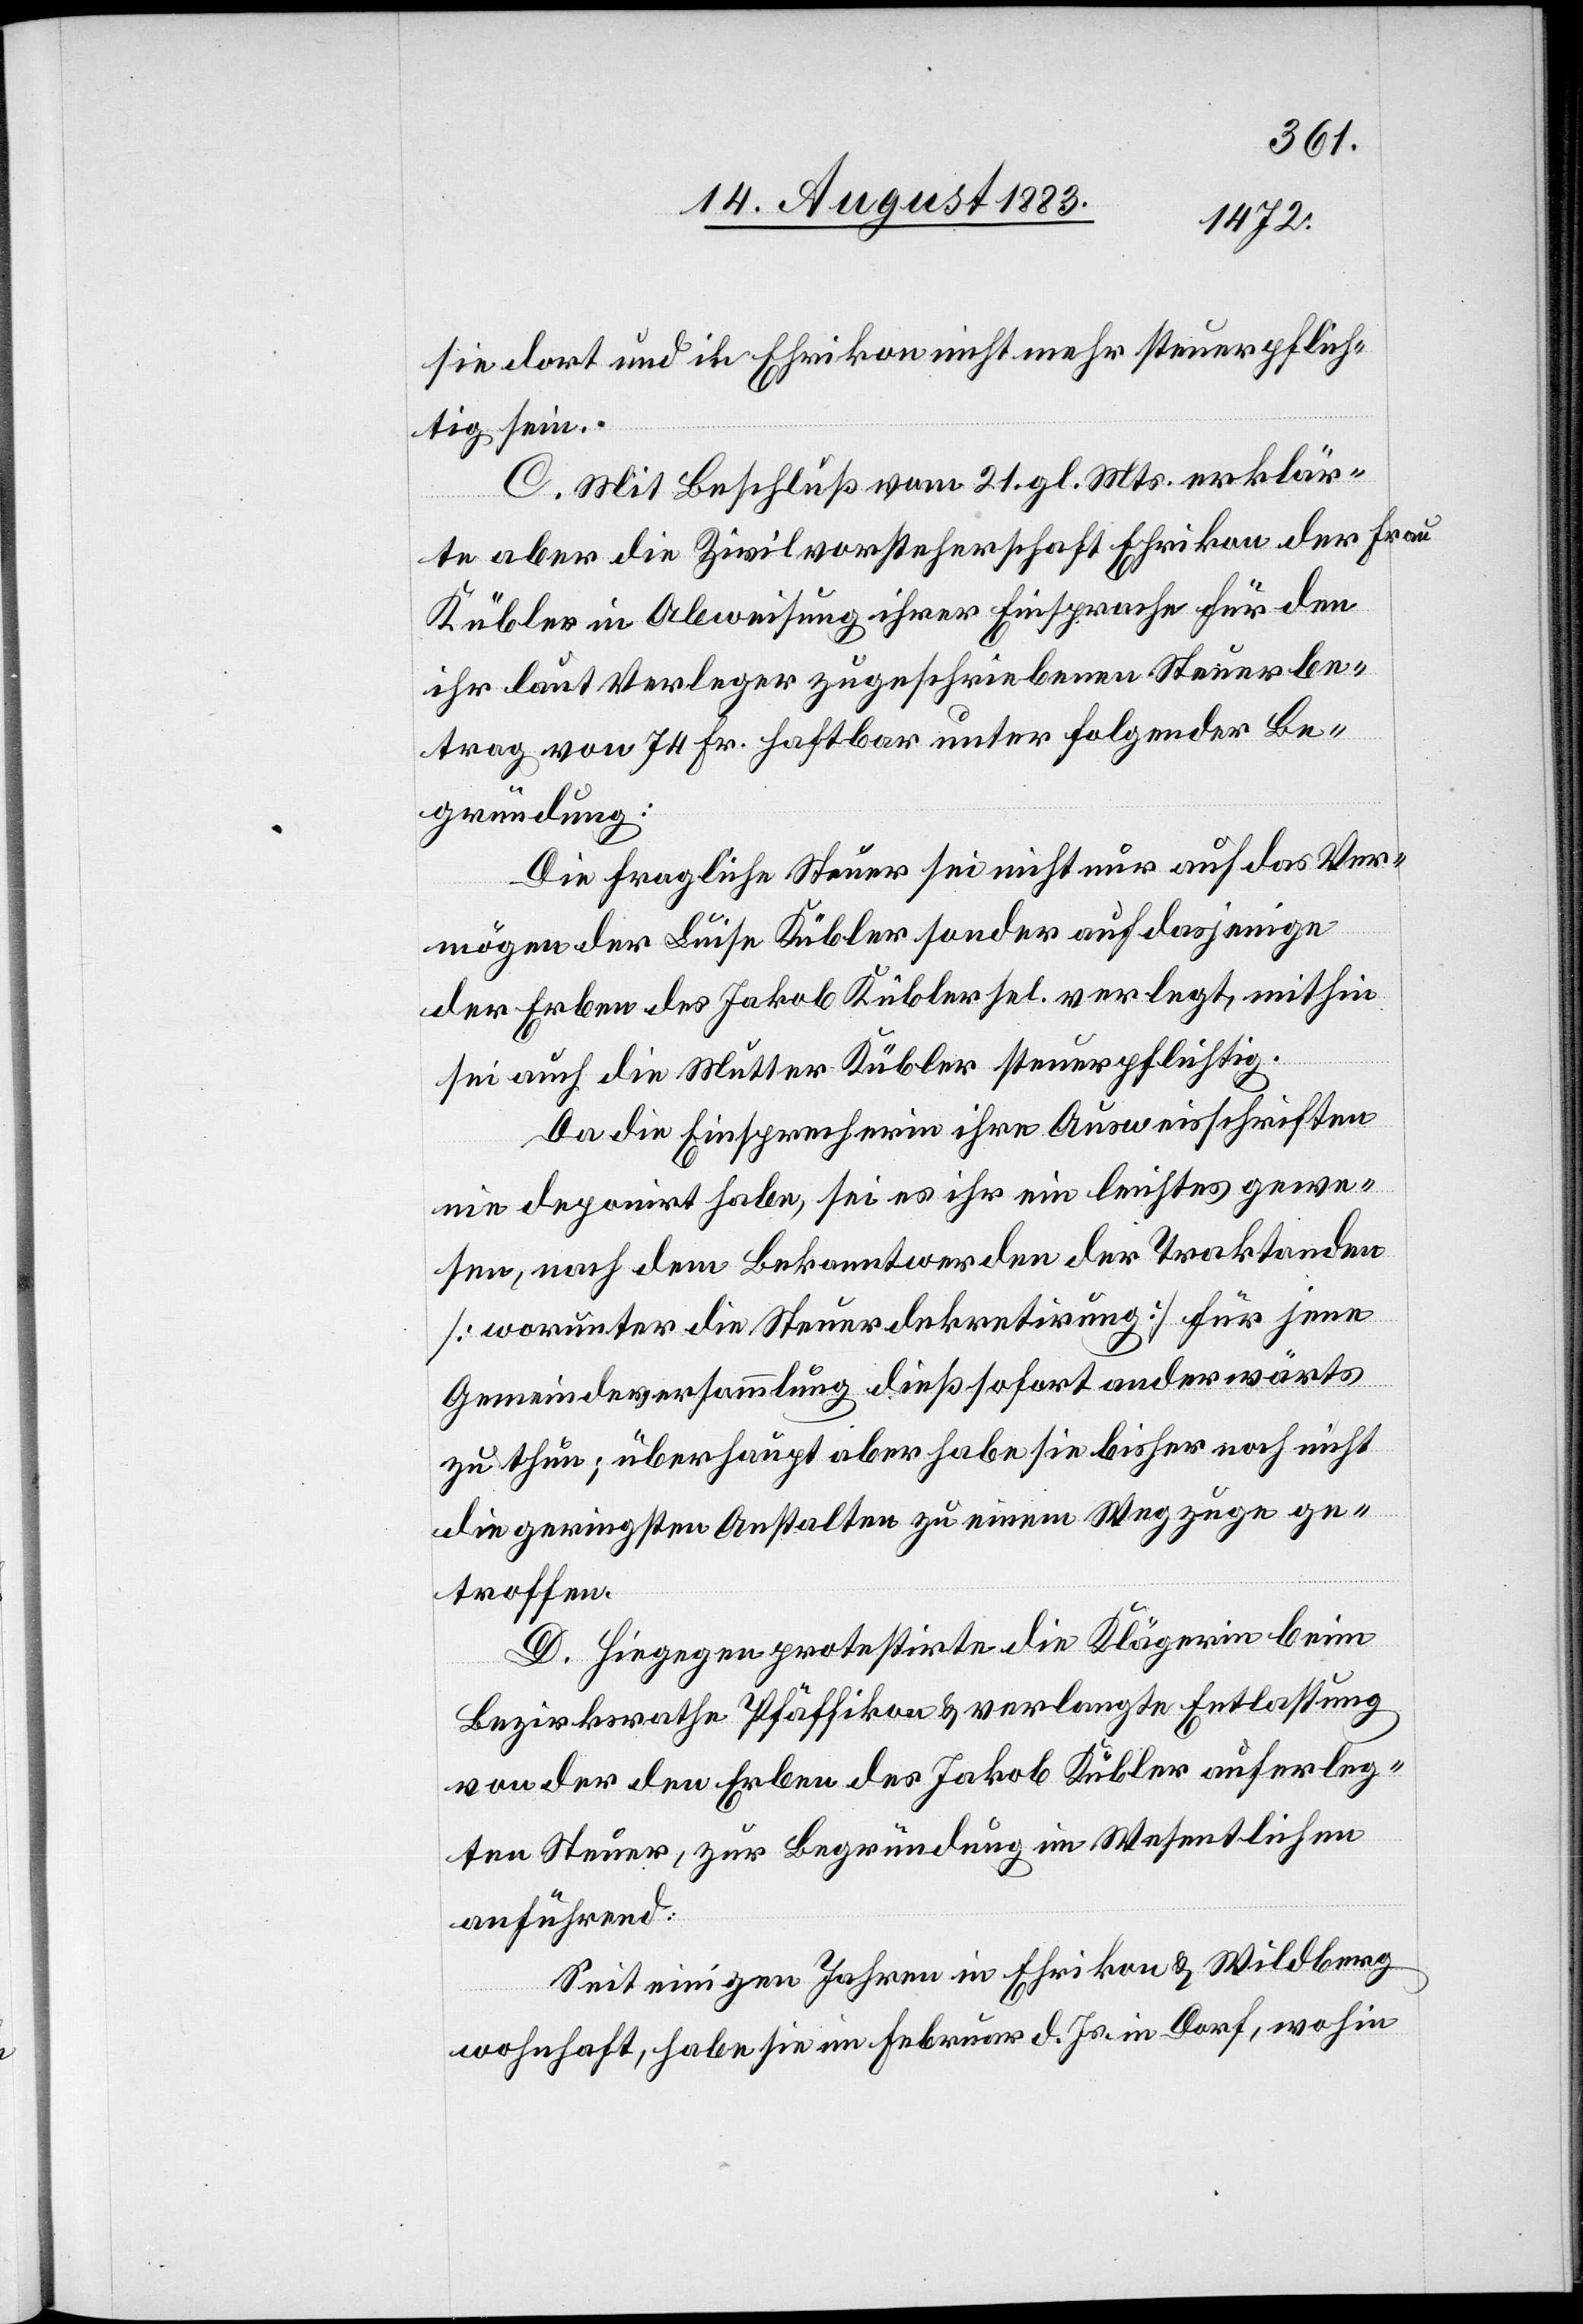
sie dort und in Ehrikon nicht mehr steuerpflich¬
tig sein.
C. Mit Beschluß vom 21. gl. Mts. erklär¬
te aber die Zivilvorsteherschaft Ehrikon der [recte:
Kübler in Abweisung ihrer Einsprache für den
ihr laut Verleger zugeschriebenen Steuerbe¬
trag von 74 Fr. haftbar unter folgender Be¬
dingung:
Die fragliche Steuer sei nicht nur auf das Ver¬
mögen der Luise Kübler sondern[n] auf dasjenige
der Erben des Jakob Kübler sel. verlegt, mithin
sei auch die Mutter Kübler steuerpflichtig.
Da die Einsprecherin ihre Ausweisschriften
nie deponirt habe, sei es ihr ein leichtes gewe¬
sen, nach dem Bekanntwerden der Traktanden
[worunter die Steuerdekretirung] für jene
Gemeindeversammlung dieß sofort anderwärts
zu thun; überhaupt aber habe sie bisher noch nicht
die geringsten Anstalten zu einem Wegzuge ge¬
troffen.
D. Hiegegen protestirte die Klägerin beim
Bezirksrathe Pfäffikon & verlangte Entlassung
von der den Erben des Jakob Kübler auferleg¬
ten Steuer, zur Begründung im Wesentlichen
anführend:
Seit einigen Jahren in Ehrikon & Wildberg
wohnhaft, habe sie im Februar d. Js. in Dorf, wohin